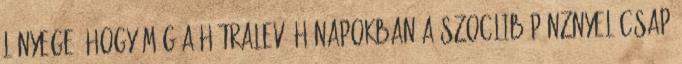
lényege, hogy még a hátralevő hónapokban a szoclib pénznyelőcsap